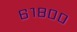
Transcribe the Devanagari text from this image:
६१८००